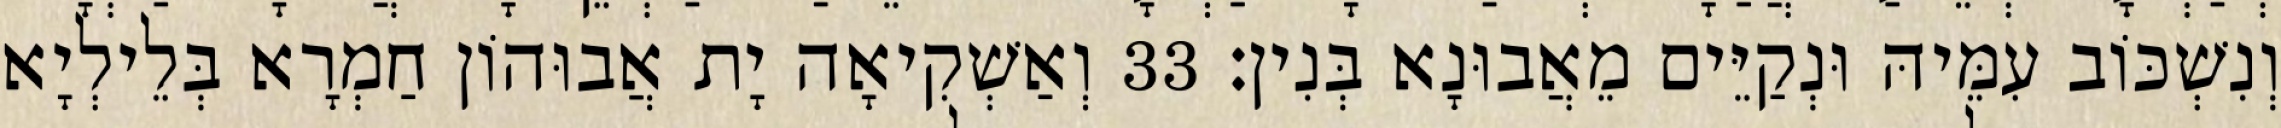
וְנִשְׁכּוֹב עִמֵּיהּ וּנְקַיֵּים מֵאֲבוּנָא בְּנִין׃ 33 וְאַשְׁקִיאָה יָת אֲבוּהוֹן חַמְרָא בְּלֵילְיָא